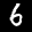
Label: 6